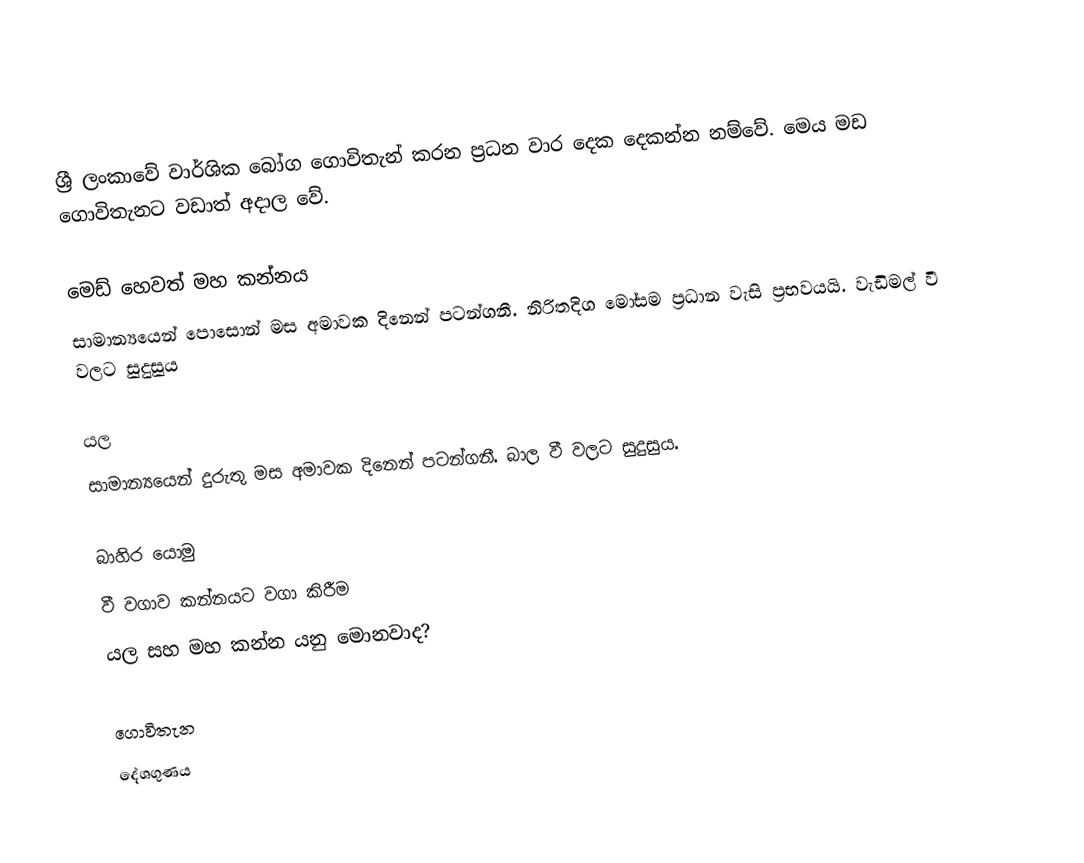
ශ්‍රී ලංකාවේ වාර්ශික බෝග ගොවිතැන් කරන ප්‍රධන වාර දෙක දෙකන්න නම්වේ. මෙය මඩ ගොවිතැනට වඩාත් අදාල වේ.

මෙඩ් හෙවත් මහ කන්නය
සාමාන්‍යයෙන් පොසොන් මස අමාවක දිනෙන් පටන්ගනී. නිරිතදිග මෝසම ප්‍රධාන වැසි ප්‍රභවයයි. වැඩිමල් වී වලට සුදුසුය

යල
සාමාන්‍යයෙන් දුරුතු මස අමාවක දිනෙන් පටන්ගනී. බාල වී වලට සුදුසුය.

බාහිර යොමු
 වී වගාව කන්නයට වගා කිරීම
 යල සහ මහ කන්න යනු මොනවාද?

ගොවිතැන
දේශගුණය